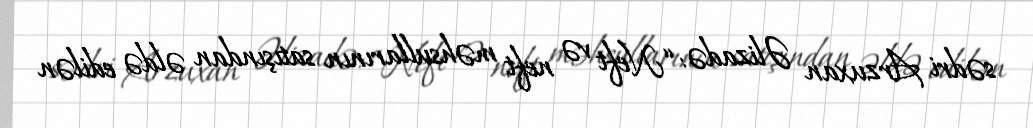
sədri Arzuxan Əlizadə: “Neft və neft məhsullarının satışından əldə edilən